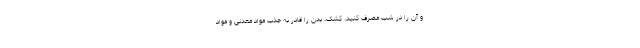
و آن را در شب مصرف کنید. کشک، بدن را قادر به جذب مواد معدنی و مواد